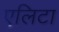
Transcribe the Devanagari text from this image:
एलिटा